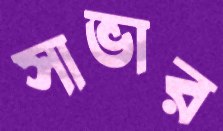
সাভার